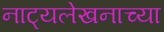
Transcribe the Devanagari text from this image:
नाट्यलेखनाच्या